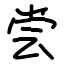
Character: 尝